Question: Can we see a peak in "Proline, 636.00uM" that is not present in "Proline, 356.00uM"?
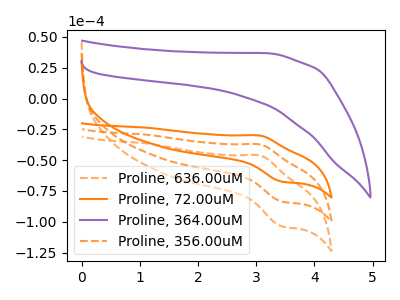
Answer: <think>The orange dashed curve "Proline, 636.00uM" has an anodic peak at (3.05V, -74.55uA) and a cathodic peak at (3.45V, -167.20uA). The orange curve "Proline, 72.00uM" has an anodic peak at (3.05V, -30.05uA) and a cathodic peak at (3.45V, -67.40uA). The purple curve "Proline, 364.00uM" has no peaks. The orange dashed curve "Proline, 356.00uM" has an anodic peak at (3.05V, -37.30uA) and a cathodic peak at (3.45V, -83.60uA).
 All the peaks in "Proline, 636.00uM" have a peak in "Proline, 356.00uM" at the same potential.</think>
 <answer>No, "Proline, 636.00uM" and "Proline, 356.00uM" don't appear to be significantly different in shape</answer>
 <eval>no_change</eval>